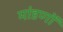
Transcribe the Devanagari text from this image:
मांडणों